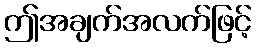
ဤအချက်အလက်ဖြင့်